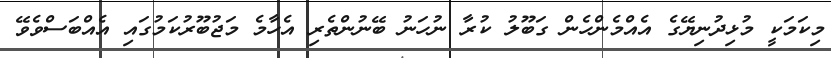
މިކަމަކީ މުޅިދުނިޔޭގެ އެއްމެންހެން ގަބޫލު ކުރާ ނުހަނު ބޭނުންތެރި އެހާމެ މަޖުބޫރުކަމުގައި އެއްބަސްވެވޭ